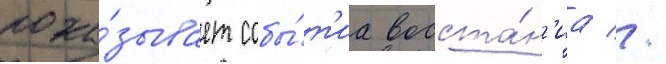
пока́зывает собы́т'иа восста́н'иа //